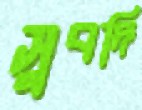
সুবদি